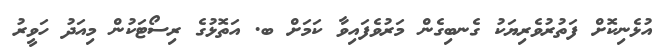
އުޅެނިކޮށް ފަތުރުވެރިޔަކު ގެނބިގެން މަރުވެފައިވާ ކަމަށް ބ. އަތޮޅުގެ ރިސޯޓަކުން މިއަދު ހަވީރު